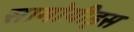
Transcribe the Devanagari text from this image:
सामोयीड्स